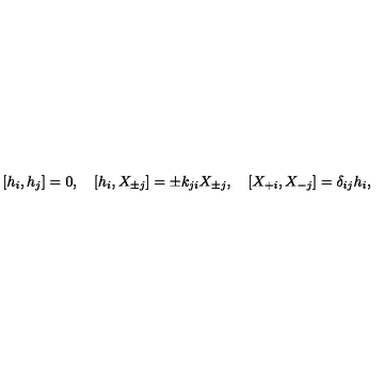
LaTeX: [ h _ { i } , h _ { j } ] = 0 , \quad [ h _ { i } , X _ { \pm j } ] = \pm k _ { j i } X _ { \pm j } , \quad [ X _ { + i } , X _ { - j } ] = \delta _ { i j } h _ { i } ,